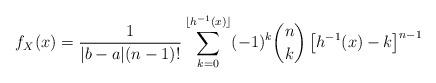
LaTeX: \begin{align*}f_X(x) = \frac{1}{|b-a|(n-1)!}\sum_{k=0}^{\lfloor h^{-1}(x) \rfloor} (-1)^k {n \choose k} \left[ h^{-1}(x)-k \right]^{n-1}\end{align*}